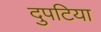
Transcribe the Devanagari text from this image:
दुपटिया